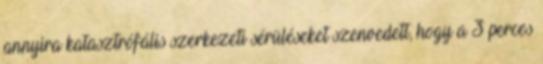
annyira katasztrófális szerkezeti sérüléseket szenvedett, hogy a 3 perces